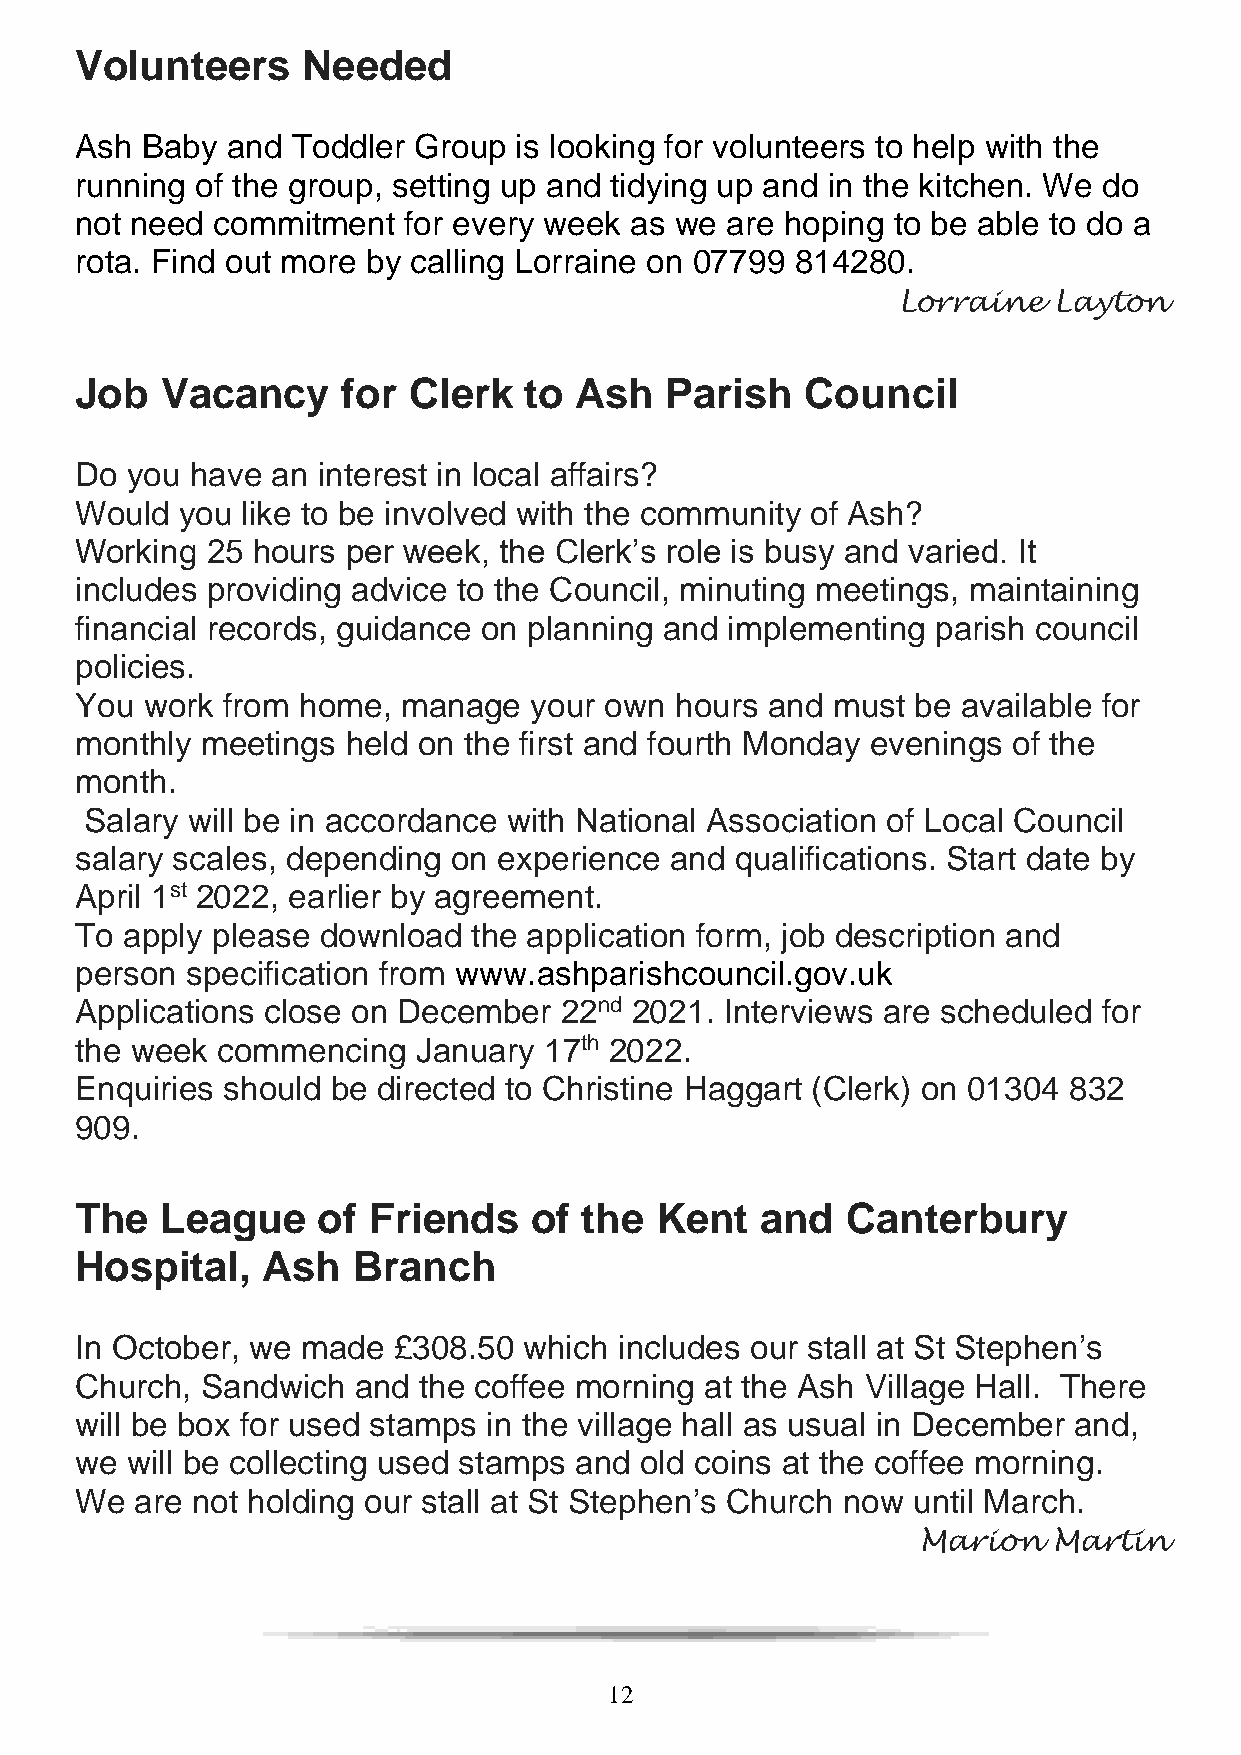
Volunteers     Needed
 Ash Baby  and Toddler Group  is looking for volunteers to help with the
 running of the group, setting up and tidying up and in the kitchen. We do
 not need commitment   for every week as we are hoping to be able to do a
 rota. Find out more by calling Lorraine on 07799 814280.
 Lorraine   Layton
 Job   Vacancy     for Clerk   to Ash   Parish   Council
 Do you  have an interest in local affairs?
 Would  you like to be involved with the community of Ash?
 Working  25 hours per week, the Clerk’s role is busy and varied. It
 includes providing advice to the Council, minuting meetings, maintaining
 financial records, guidance on planning and implementing parish council
 policies.
 You work  from home,  manage  your own  hours and must  be available for
 monthly meetings  held on the first and fourth Monday evenings of the
 month.
 Salary will be in accordance with National Association of Local Council
 salary scales, depending on experience and  qualifications. Start date by
 April 1st 2022, earlier by agreement.
 To apply please download  the application form, job description and
 person specification from www.ashparishcouncil.gov.uk
 Applications close on December  22nd 2021. Interviews are scheduled for
 the week commencing    January 17th 2022.
 Enquiries should be directed to Christine Haggart (Clerk) on 01304 832
 909.
 The   League    of Friends    of  the Kent   and   Canterbury
 Hospital,   Ash   Branch
 In October, we made  £308.50  which includes our stall at St Stephen’s
 Church, Sandwich  and  the coffee morning at the Ash Village Hall. There
 will be box for used stamps in the village hall as usual in December and,
 we will be collecting used stamps and old coins at the coffee morning.
 We  are not holding our stall at St Stephen’s Church now until March.
 Marion   Martin
 12